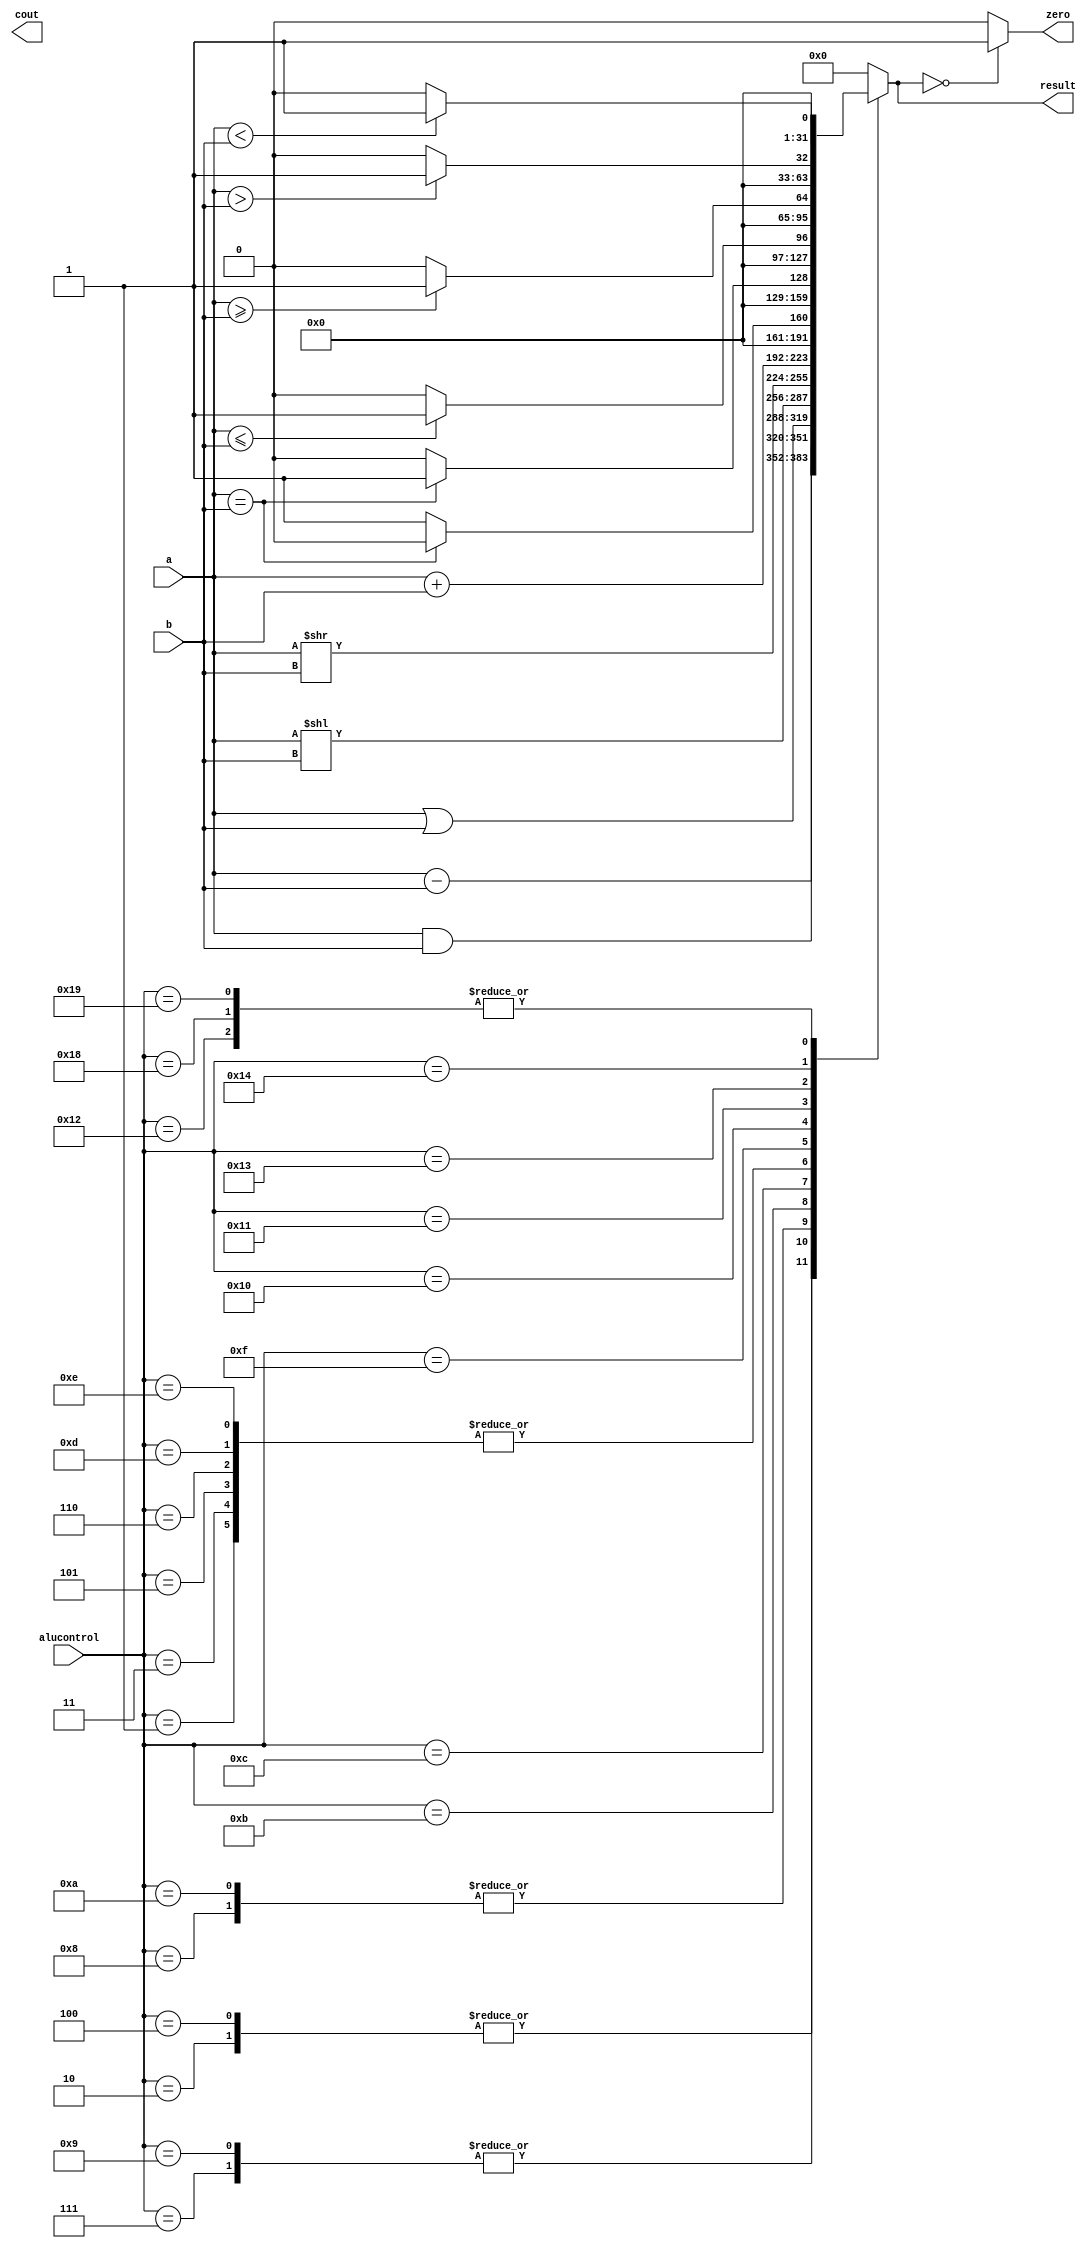
// Name: Dev gupta,Pinkesh Mahawar
// Roll No 210318, 210719



module alu #(parameter size=32) (input [size-1:0] a,b,input [5:0] alucontrol,output reg [size-1:0] result,output zero,output reg cout);



// result_reg
always @(alucontrol or a or b ) begin
case (alucontrol)
    6'd0 : result=32'b0;
    6'd1 : result=a+b;
    6'd2 : result=a-b;
    6'd3 : result=a+b;
    6'd4 : result=a-b;
    6'd5 : result=a+b;
    6'd6 : result=a+b;
    6'd7: result=a&b;
    6'd8 : result=a|b;
    6'd9 : result=a&b;
    6'd10 : result=a|b;
    6'd11 : result=a<<b;
    6'd12 : result=a>>b;
    6'd13: result=a+b;
    6'd14 : result=a+b;
    6'd15 : result= (a==b? 32'b0:32'b1);
    6'd16 : result=(a==b? 32'b1:32'b0);
    6'd17 : result=(a<=b  ? 32'b1:32'b0 );
    6'd18 : result=(a<b  ? 32'b1:32'b0);
    6'd19 : result=(a>=b  ? 32'b1:32'b0);
    6'd20 : result=(a>b ? 32'b1:32'b0);
    6'd24 : result=(a<b ? 32'b1:32'b0);
    6'd25 : result=(a<b ? 32'b1:32'b0);
    default: result=32'd0;
endcase
end
assign zero = (result==32'b0)? 1'b1: 1'b0;
endmodule